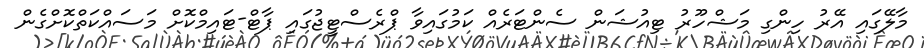
މާލޭގައި އޭރު ހިންގި މަޝްހޫރު ޓިއުޝަން ސެންޓަރެއް ކަމުގައިވާ ޕްރެސްޓީޖުގައި ޕާޓް-ޓައިމްކޮށް މަސައްކަތްކޮށްގެން